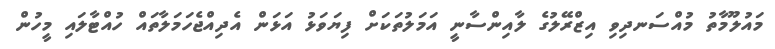
މައުލޫމާތު މުއްސަނދިވި އިޒްރޭލުގެ ލާއިންސާނީ އަމަލުތަކަށް ފިޔަވަޅު އަޅަން އެދިއްޖެހަމަލާތައް ހުއްޓާލައި މީހުން